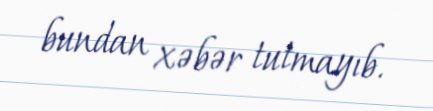
bundan xəbər tutmayıb.